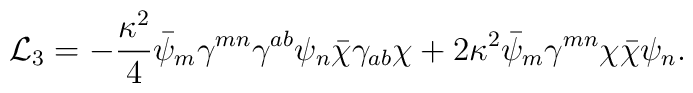
{\cal L}_3 = - \frac{\kappa^2}{4}\bar{\psi}_m\gamma^{mn}\gamma^{ab}\psi_n\bar{\chi}\gamma_{ab}\chi + 2\kappa^2\bar{\psi}_m\gamma^{mn}\chi\bar{\chi}\psi_n.